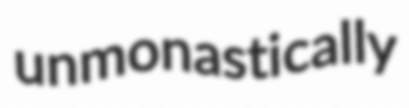
unmonastically